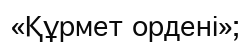
«Құрмет ордені»;